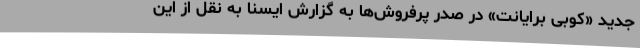
جدید «کوبی برایانت» در صدر پرفروش‌ها به گزارش ایسنا به نقل از این